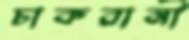
চাকরানী